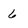
Character: 6